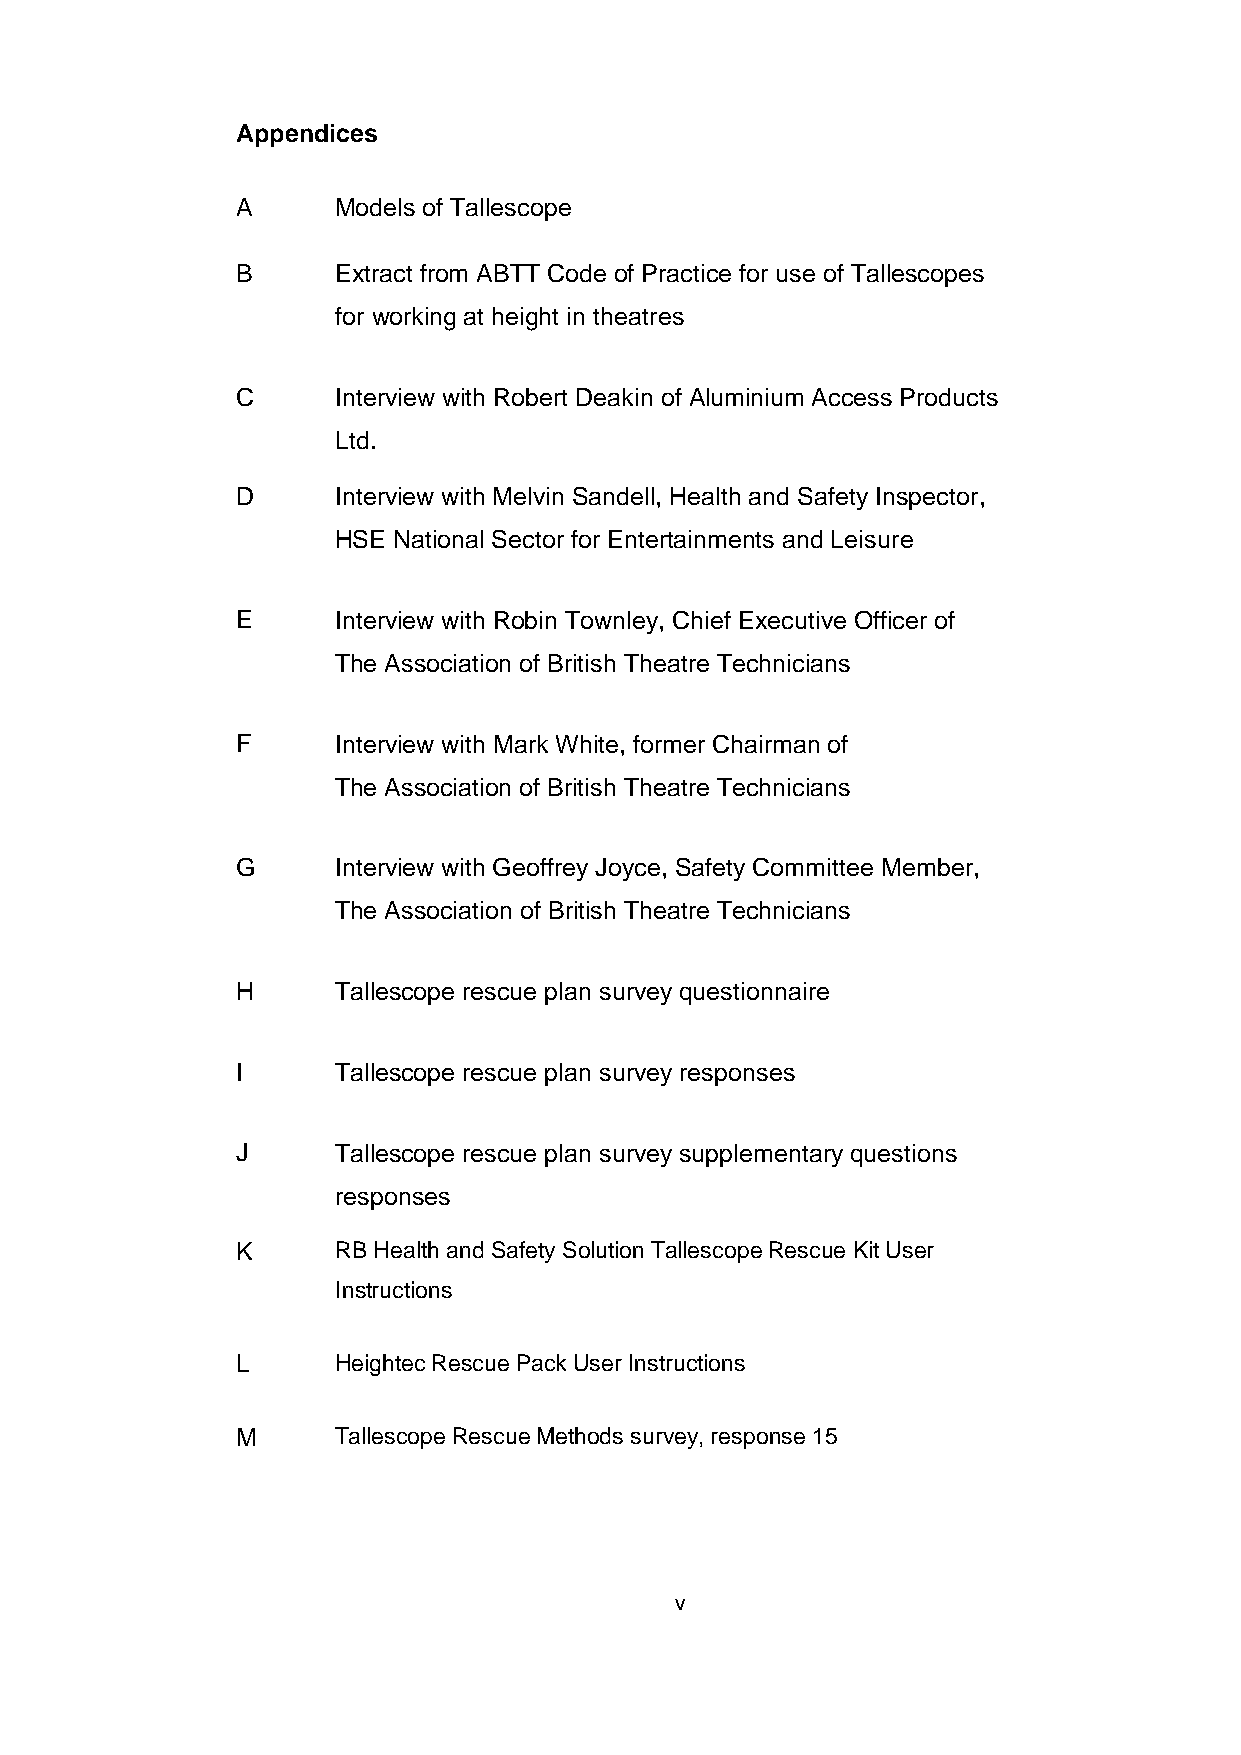
Appendices
 A     Models of Tallescope
 B     Extract from ABTT Code of Practice for use of Tallescopes
 for working at height in theatres
 C     Interview with Robert Deakin of Aluminium Access Products
 Ltd.
 D     Interview with Melvin Sandell, Health and Safety Inspector,
 HSE National Sector for Entertainments and Leisure
 E     Interview with Robin Townley, Chief Executive Officer of
 The Association of British Theatre Technicians
 F     Interview with Mark White, former Chairman of
 The Association of British Theatre Technicians
 G     Interview with Geoffrey Joyce, Safety Committee Member,
 The Association of British Theatre Technicians
 H     Tallescope rescue plan survey questionnaire
 I     Tallescope rescue plan survey responses
 J     Tallescope rescue plan survey supplementary questions
 responses
 K     RB Health and Safety Solution Tallescope Rescue Kit User
 Instructions
 L     Heightec Rescue Pack User Instructions
 M     Tallescope Rescue Methods survey, response 15
 v